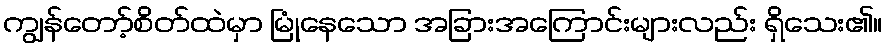
ကျွန်တော့်စိတ်ထဲမှာ မြုံနေသော အခြားအကြောင်းများလည်း ရှိသေး၏။